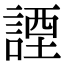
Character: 諲